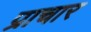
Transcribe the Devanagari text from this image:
प्राचार